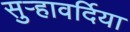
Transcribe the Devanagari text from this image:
सुर्‍हावर्दिया